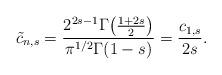
LaTeX: \begin{align*}\tilde c_{n,s} &= \frac{2^{2s-1} \Gamma \big ( \frac{1+2s}2 \big )}{\pi^{1/2} \Gamma(1-s) } = \frac { c_{1,s}}{2s}.\end{align*}